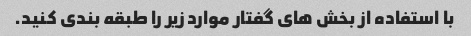
با استفاده از بخش های گفتار موارد زیر را طبقه بندی کنید.